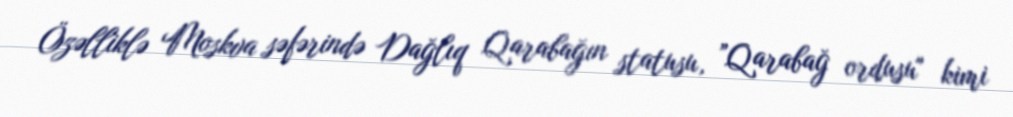
Özəlliklə Moskva səfərində Dağlıq Qarabağın statusu, ”Qarabağ ordusu" kimi